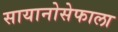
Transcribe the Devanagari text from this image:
सायानोसेफाला